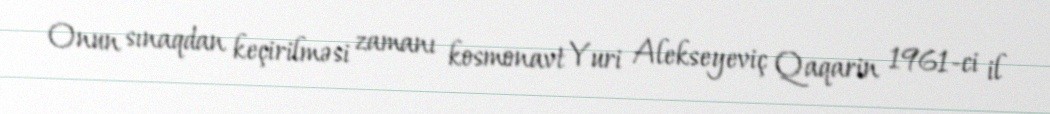
Onun sınaqdan keçirilməsi zamanı kosmonavt Yuri Alekseyeviç Qaqarin 1961-ci il